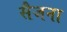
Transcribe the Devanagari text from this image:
सैजना